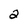
Character: 2